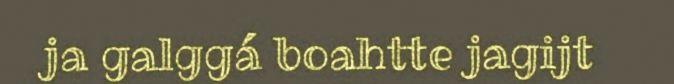
ja galggá boahtte jagijt